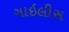
ગાઇલીસ